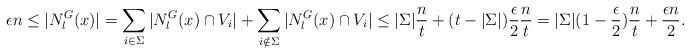
LaTeX: \begin{align*}\epsilon n \leq |N^G_l(x)|= \sum_{i\in \Sigma} |N_l^G(x)\cap V_i|+\sum_{i\notin \Sigma} |N_l^G(x)\cap V_i| \leq |\Sigma|\frac{n}{t} + (t-|\Sigma|)\frac{\epsilon}{2}\frac{n}{t}= |\Sigma|(1-\frac{\epsilon}{2})\frac{n}{t} + \frac{\epsilon n }{2}.\end{align*}